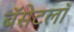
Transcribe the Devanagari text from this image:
बॅसेटलॉ